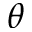
\theta